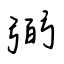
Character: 弼